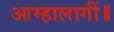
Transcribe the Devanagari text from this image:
आम्हालागीं॥